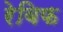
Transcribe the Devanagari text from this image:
रेबिफ